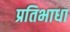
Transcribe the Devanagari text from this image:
प्रतिभाधा